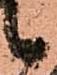
之